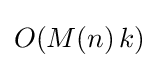
O(M(n)\,k)